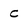
Character: C